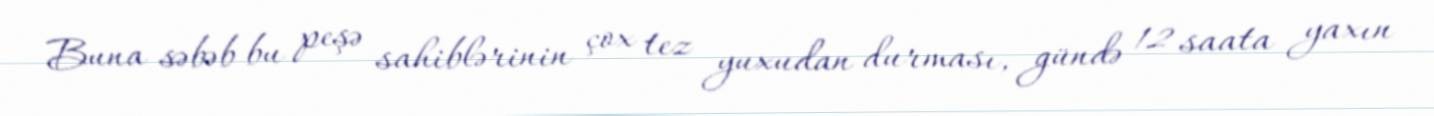
Buna səbəb bu peşə sahiblərinin çox tez yuxudan durması, gündə 12 saata yaxın